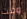
وقت